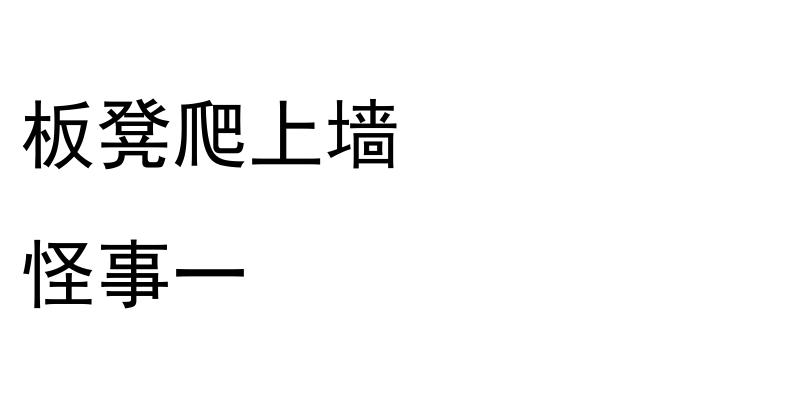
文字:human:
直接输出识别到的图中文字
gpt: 板凳爬上墙 怪事一